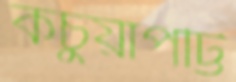
কচুয়াপট্টি